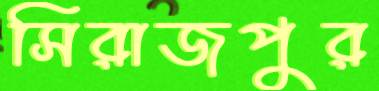
সিরাজপুর